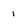
Character: 1